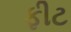
ફીટ